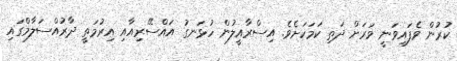
ކުރުން ވެފައިވަނީ ވަރަށް ދަތި ކަމަކަށެވެ. އިސްރާއީލުން ހުޅަނގު އައްސޭރިއާއި އިރުމަތީ ދާރުއްސަލާމްގައި